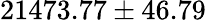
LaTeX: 21473.77\pm 46.79